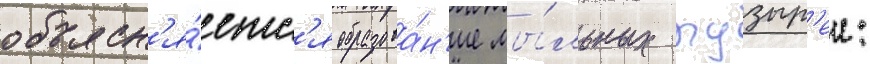
объясн'я́етс'я образова́н'ие мы́льных пузыр'еи: